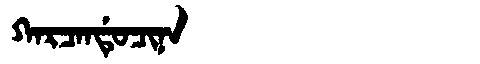
Manchu: ᡴᠠᡵᠴᠠᠨᡩᡠᠴᡳᠨᠠ
Romanization: KARCANDUCINA